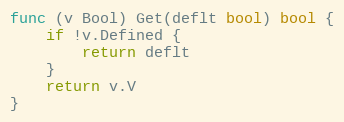
Language: Go
func (v Bool) Get(deflt bool) bool {
	if !v.Defined {
		return deflt
	}
	return v.V
}